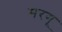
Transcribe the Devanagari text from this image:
मरगू